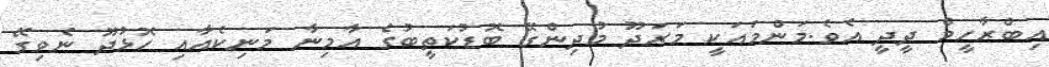
އިބްރާހީމް ދީދީ އެވެ.މަންމައަކީ މަރަދޫ މުދިންގޭ ބޮޑުކަތީބުގެ އާމިނާ މަނިކެއާއި ހޮޅުދޫ ނެވިގޭ